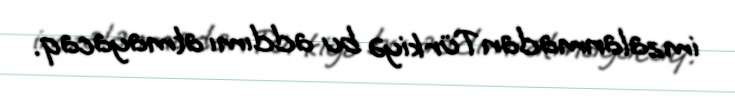
imzalanmadan Türkiyə bu addımı atmayacaq.